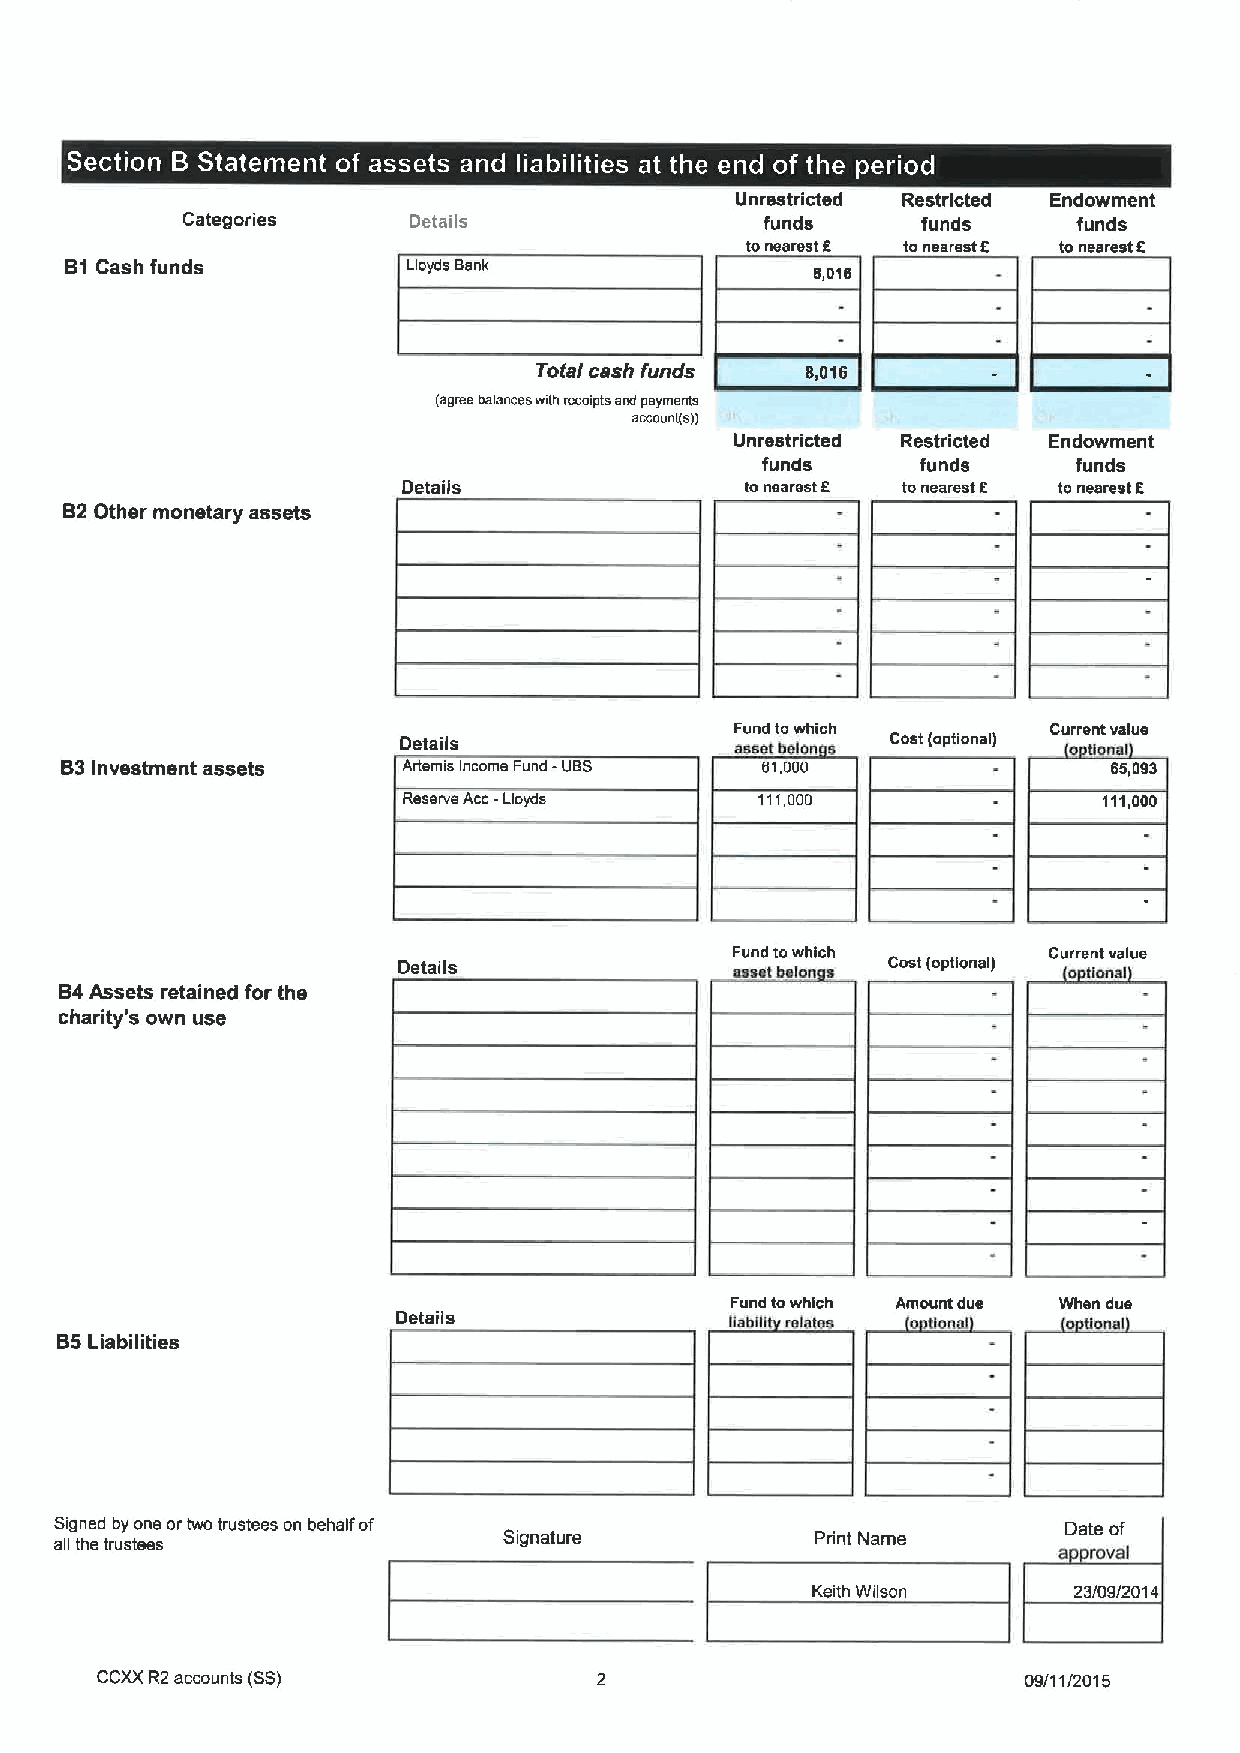
~     ~  ~ ~
 Unrestricted Restricted Endowment
 Categories     Details                 funds     funds     funds
 Ionearest 8 tonearest E Ionearest E
 81 Cash funds          Lioyda Bank                8,016
 Total cash funds 8,016
 (agree balances with mcaipia abd peymecia
 acccuci(a))
 Unrestricted Restricted Endowment
 funds      funds     funds
 Details               Ionearest E tonearest E Ionearest E
 82 Other monetary assets
 Fund iowhich         Current value
 Details                asset balan a Cost (op(iona() 0 ollal
 83 Investment assets   Artemis Income Fund -UBS 51,000                65,093
 Reserve Acc-Lioyda     111,000                111,000
 Fund lowhich        Current value
 Details                aaaat balan Cost (opiional)
 84Assets retained for the
 charity's own use
 Fund towhich Amount dua When dua
 Details
 Sablli walataa anal     tlonal
 85Liabilities
 Signed by one ortwo trustees on behalf of                          Date of
 all the trustees             Sig nature           Print Name      a rovai
 Keith Wilson     23/09/201 4
 CCXXR2accounts (SS)                                           09/11/2015